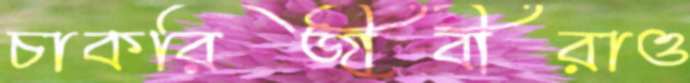
চাকরিজীবীরাও